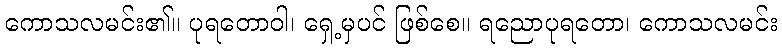
ကောသလမင်း၏။ ပုရတောဝါ၊ ရှေ့မှပင် ဖြစ်စေ။ ရညောပုရတော၊ ကောသလမင်း